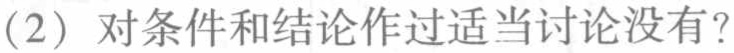
(2) 对条件和结论作过适当讨论没有？